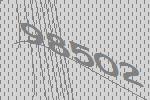
98502